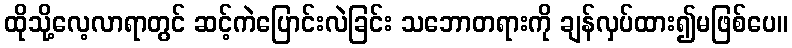
ထိုသို့လေ့လာရာတွင် ဆင့်ကဲပြောင်းလဲခြင်း သဘောတရားကို ချန်လှပ်ထား၍မဖြစ်ပေ။